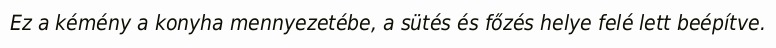
Ez a kémény a konyha mennyezetébe, a sütés és főzés helye felé lett beépítve.